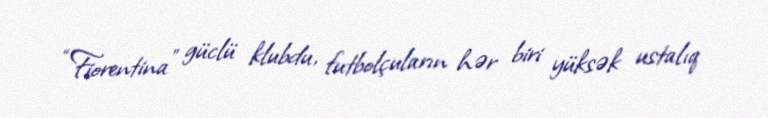
“Fiorentina” güclü klubdu, futbolçuların hər biri yüksək ustalıq